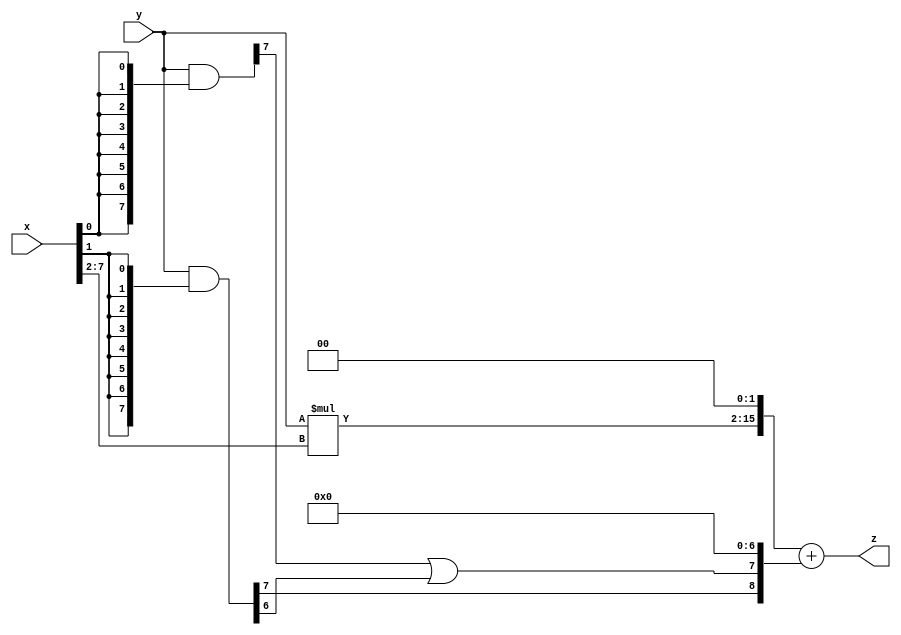
// terms: 2
// fval:  29267.25

module unsigned_8x8_l2_lamb9000_1 (
	input [7:0] x,
	input [7:0] y,
	output [15:0] z
);

wire [13:0] tmp_z = y*x[7:2];

wire [7:0] part1 =  y & {8{x[0]}};
wire [7:0] part2 =  y & {8{x[1]}};

wire [8:0] new_part1;
assign new_part1[0] = 0;
assign new_part1[1] = 0;
assign new_part1[2] = 0;
assign new_part1[3] = 0;
assign new_part1[4] = 0;
assign new_part1[5] = 0;
assign new_part1[6] = 0;
assign new_part1[7] = part1[7] | part2[6];
assign new_part1[8] = part2[7];

assign z = {tmp_z, 2'd 0} + new_part1;
endmodule